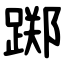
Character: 踯